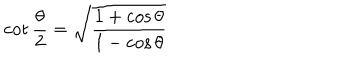
LaTeX: \cot \frac { \theta } { 2 } = \sqrt { \frac { 1 + \cos \theta } { 1 - \cos \theta } }